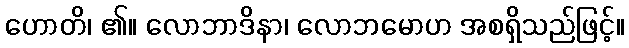
ဟောတိ၊ ၏။ လောဘာဒိနာ၊ လောဘမောဟ အစရှိသည်ဖြင့်။